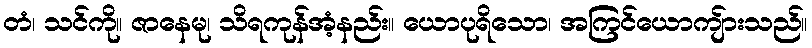
တံ၊ သင်ကို။ ဇာနေမု၊ သိရကုန်အံ့နည်း။ ယောပုရိသော၊ အကြင်ယောကျ်ားသည်။